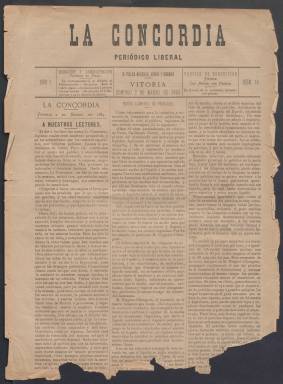
Título: La Concordia (Vitoria)
Colección: Periódicos
Ámbito geográfico: Álava
Lugar de publicación: Vitoria
Fechas: 02/03/1884-03/07/1891